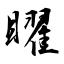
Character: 矅